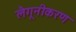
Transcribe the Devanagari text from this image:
लैगूनीकरण